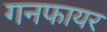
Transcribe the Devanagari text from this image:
गनफायर